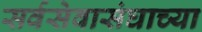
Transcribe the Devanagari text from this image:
सर्वसेवासंघाच्या